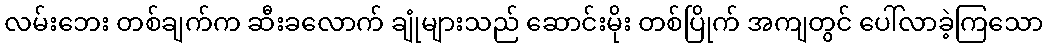
လမ်းဘေး တစ်ချက်က ဆီးခလောက် ချုံများသည် ဆောင်းမိုး တစ်ပြိုက် အကျတွင် ပေါ်လာခဲ့ကြသော